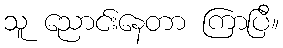
သူ ညောင်းနေတာ ကြာပြီ။